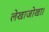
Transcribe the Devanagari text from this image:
लेखाजोखा।